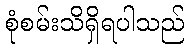
စုံစမ်းသိရှိရပါသည်